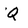
Character: Q